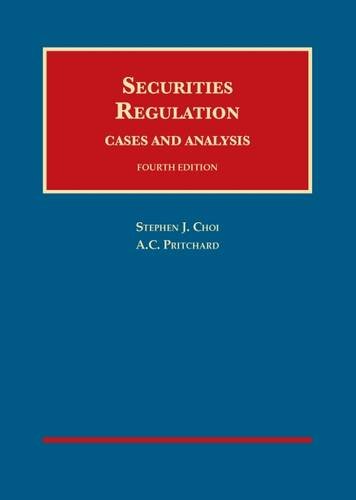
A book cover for Securities Regulation, Cases and Analysis (University Casebook Series); Stephen Choi; Law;